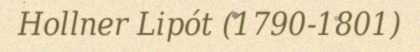
Hollner Lipót (1790-1801)